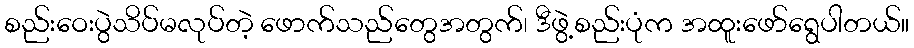
စည်းဝေးပွဲသိပ်မလုပ်တဲ့ ဖောက်သည်တွေအတွက်၊ ဒီဖွဲ့စည်းပုံက အထူးဖော်ရွေပါတယ်။